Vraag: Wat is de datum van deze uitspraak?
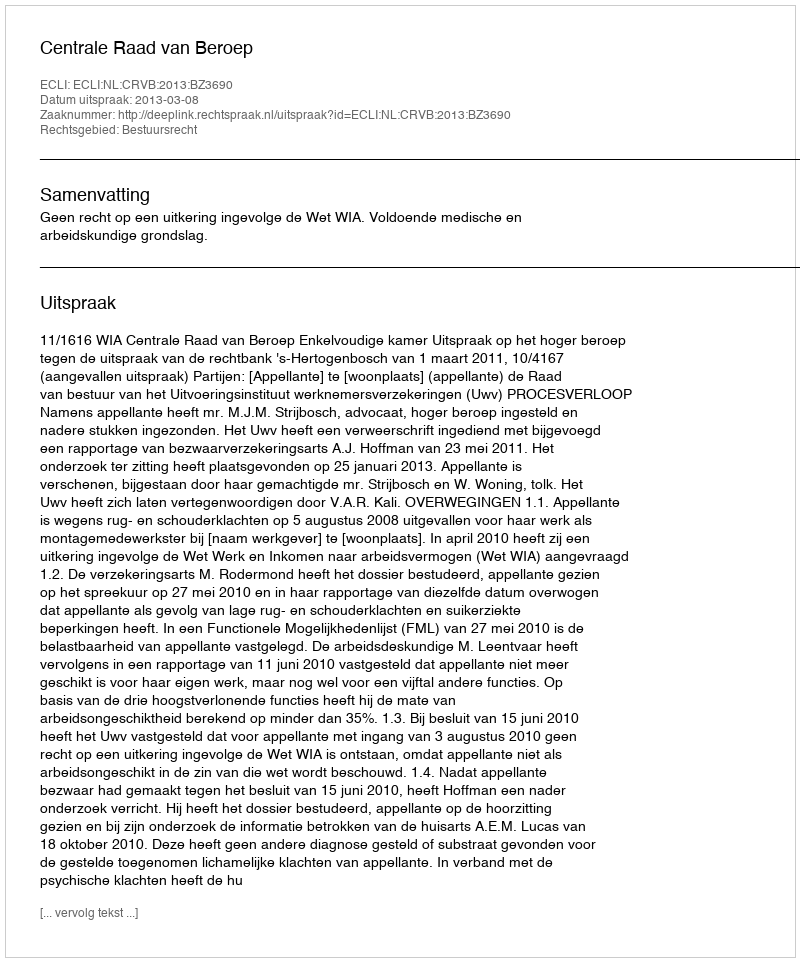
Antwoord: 2013-03-08